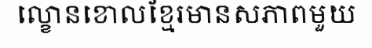
ល្ខោនខោលខ្មែរមានសភាពមួយ